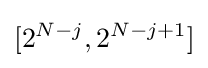
[2^{N-j},2^{N-j+1}]